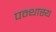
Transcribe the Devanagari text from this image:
पन्थास्य